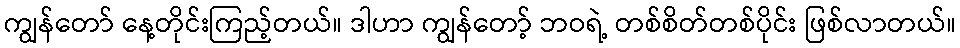
ကျွန်တော် နေ့တိုင်းကြည့်တယ်။ ဒါဟာ ကျွန်တော့် ဘဝရဲ့ တစ်စိတ်တစ်ပိုင်း ဖြစ်လာတယ်။